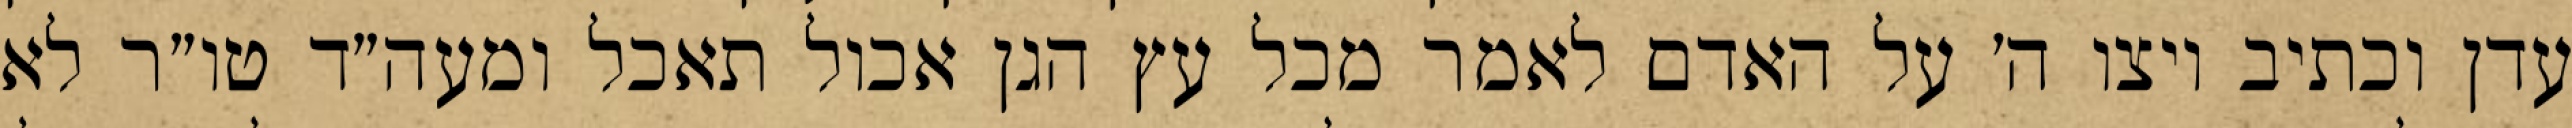
עדן וכתיב ויצו ה׳ על האדם לאמר מכל עץ הגן אכול תאכל ומעה״ד טו״ר לא